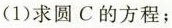
(1)求圆C的方程；